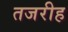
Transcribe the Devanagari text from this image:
तजरीह